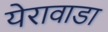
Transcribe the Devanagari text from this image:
येरावाडा